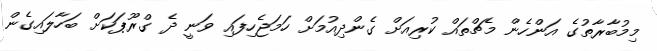
މިމުބާރާތުގެ އަންހެން މެޗްތައް ކުރިއަށް ގެންދިއުމަށް ހަމަޖެހިފައި ވަނީ ދެ ގްރޫޕަކަށް ބަހާލައިގެން